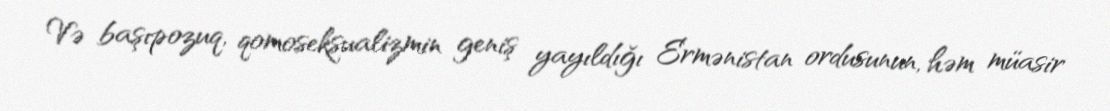
Və başıpozuq, qomoseksualizmin geniş yayıldığı Ermənistan ordusunun, həm müasir